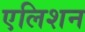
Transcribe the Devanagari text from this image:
एलिशन